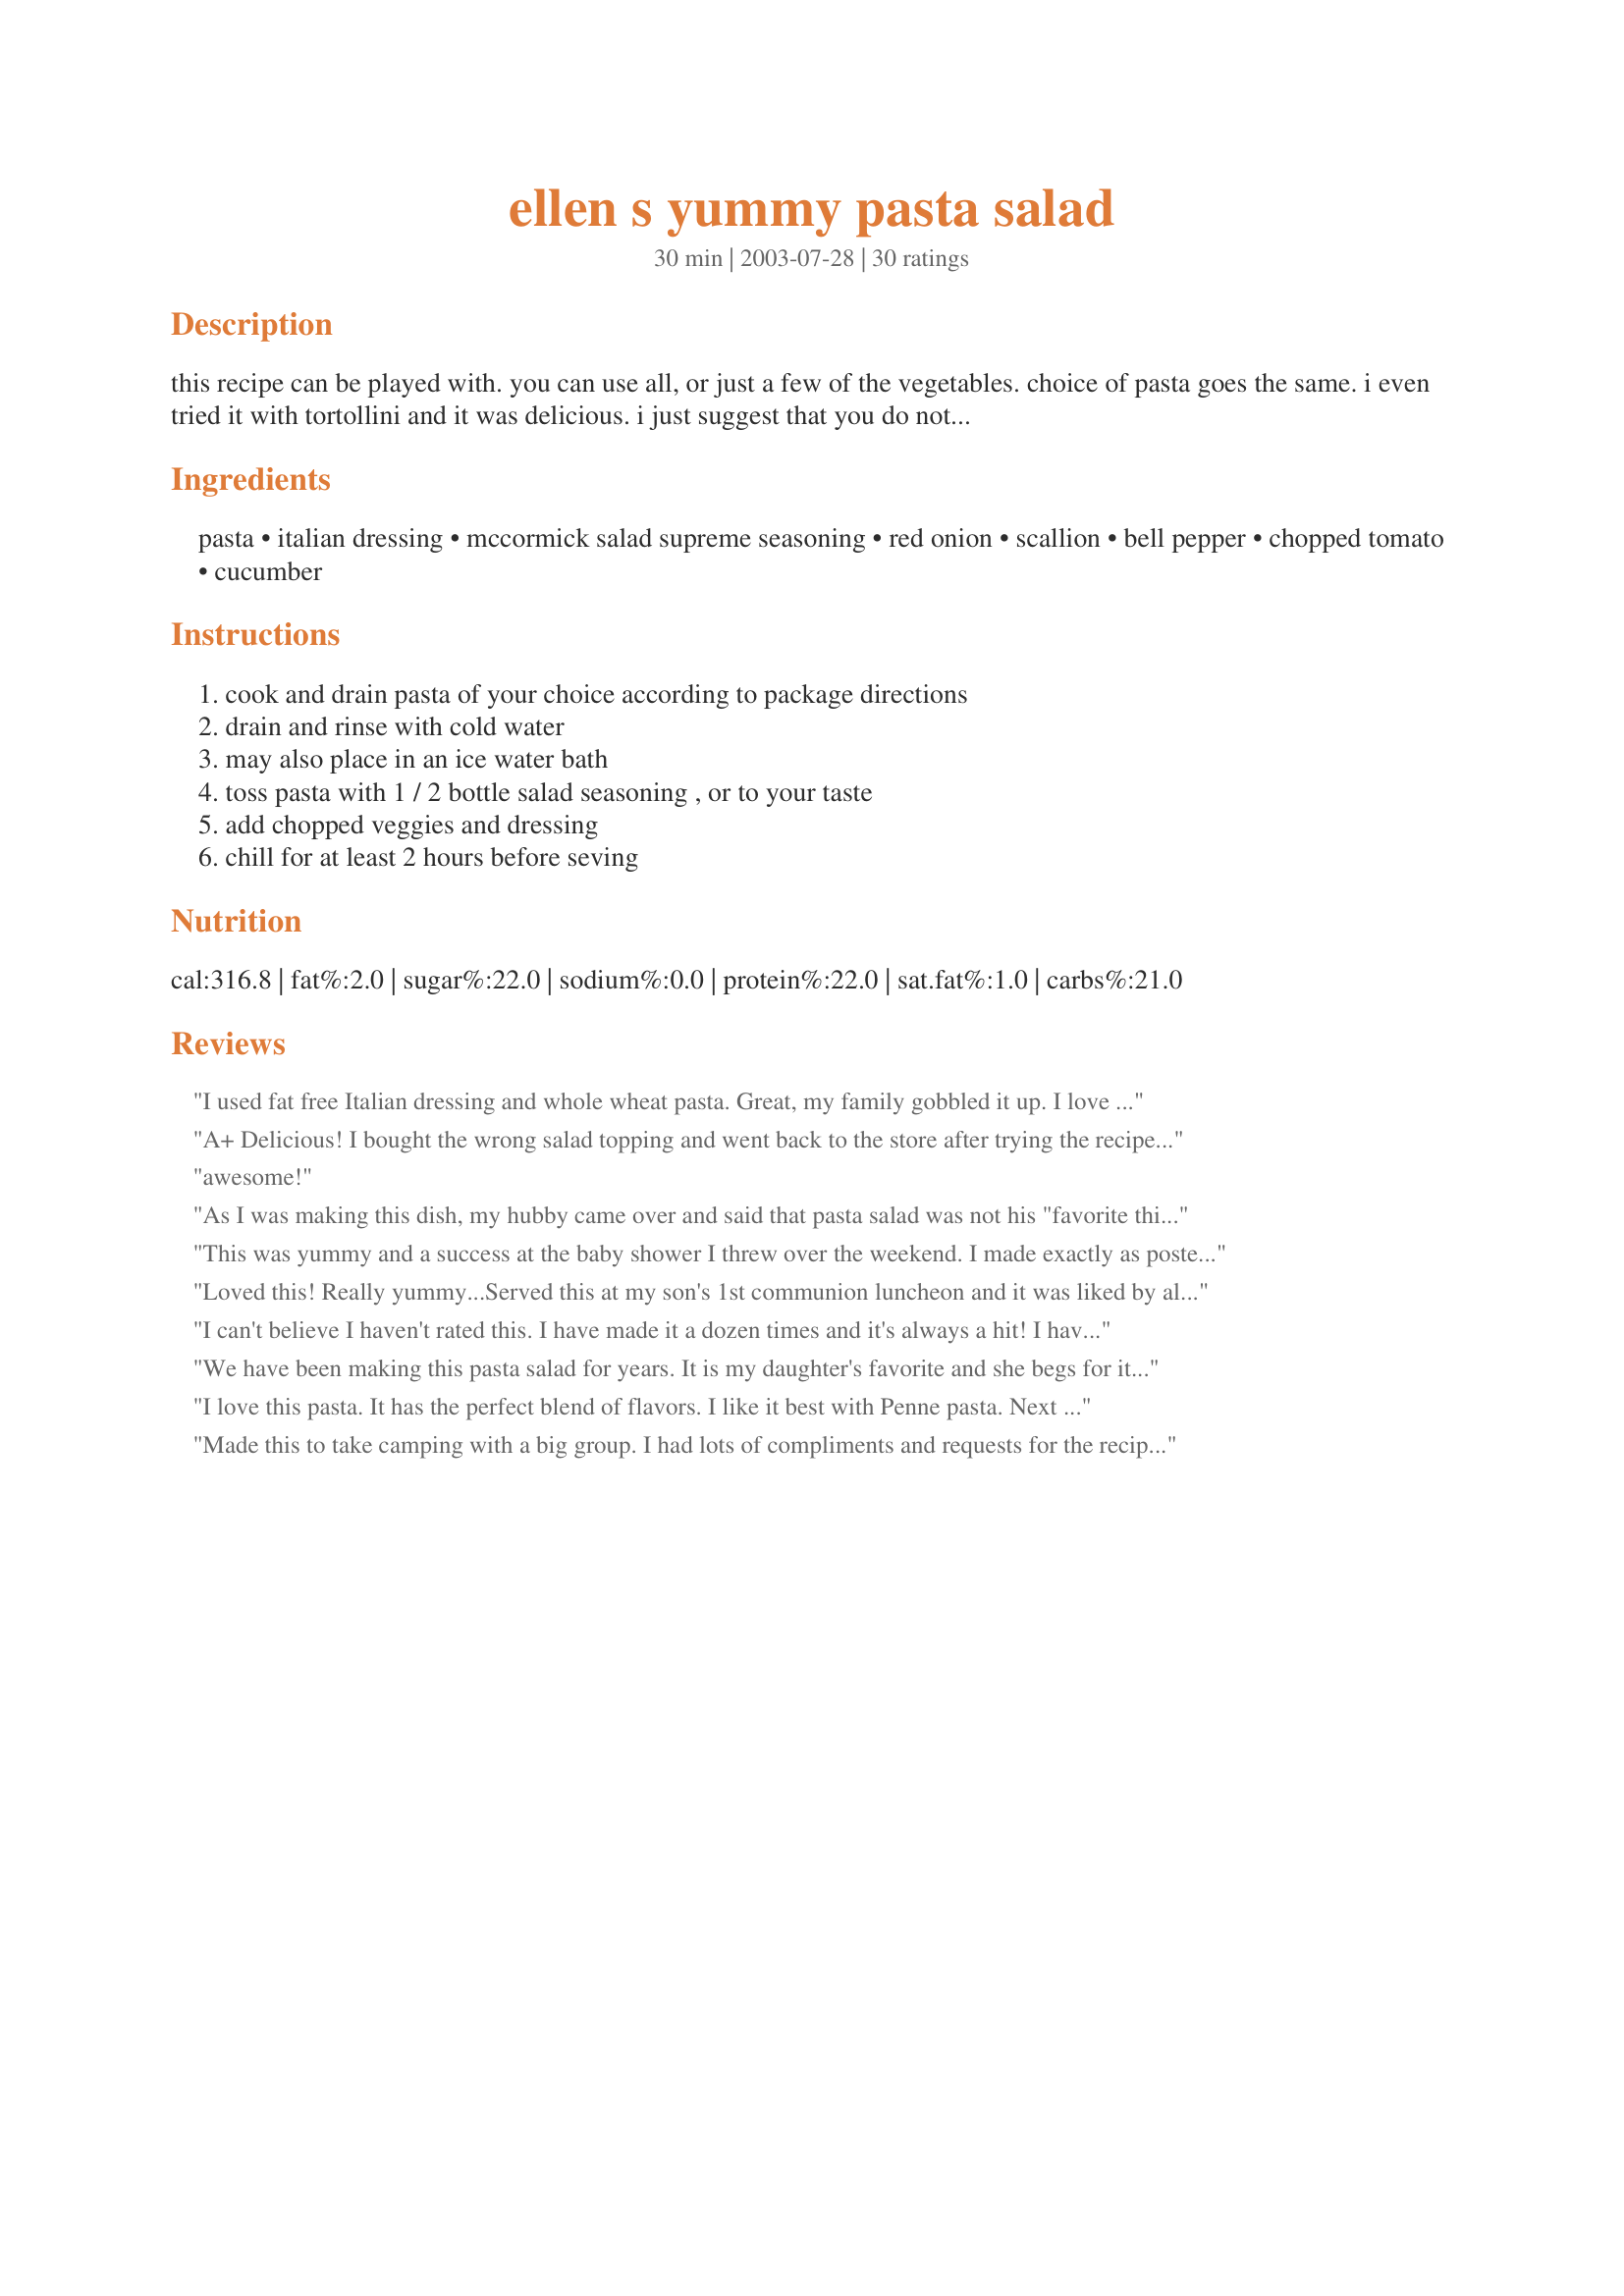
ellen s yummy pasta salad
Preparation time: 30 minutes

this recipe can be played with. you can use all, or just a few of the vegetables. choice of pasta goes the same. i even tried it with tortollini and it was delicious. i just suggest that you do not substitute on the dressing and salad seasoning. i have given out this recipe before and have to stress that since many did not use those. using an assortment of peppers is great for the color.

Ingredients:
pasta, italian dressing, mccormick salad supreme seasoning, red onion, scallion, bell pepper, chopped tomato, cucumber

Steps:
cook and drain pasta of your choice according to package directions, drain and rinse with cold water, may also place in an ice water bath, toss pasta with 1 / 2 bottle salad seasoning , or to your taste, add chopped veggies and dressing, chill for at least 2 hours before seving

Reviews:
I used fat free Italian dressing and whole wheat pasta. Great, my family gobbled it up. I love the fact that mine was low cal and nice and cool for a hot summer's day!
A+ Delicious! I bought the wrong salad topping and went back to the store after trying the recipe without - so glad I did. The McCormick Salad Supreme is in the spices isle - not the salad dressing isle. I skipped the red onion and added 1 cup of frozen sweet corn (awesome!). My husband was a bit weirded out by the "gritty" texture before the spices melded with the liquids, but as I write he is finishing the Entire bowl! Thank you so much, I will definitely make again!
awesome!
As I was making this dish, my hubby came over and said that pasta salad was not his "favorite thing". Wrong!! He absolutely loved this, as did I. What wonderful flavors going on in this. You are right about not skimping on the dressing and seasoning -- we kept adding more and more of the salad seasoning and it really makes a difference. Thanks for this wonderful recipe for a hot summer afternoon!!!
This was yummy and a success at the baby shower I threw over the weekend. I made exactly as posted except I could not find the Salad Supreme seasoning anywhere!! Still great! Thanks for posting.
Loved this! Really yummy...Served this at my son's 1st communion luncheon and it was liked by all. Thanks!!
I can't believe I haven't rated this. I have made it a dozen times and it's always a hit! I have never been able to find the Salad seasoning but just use the dressing and it delicious! I also add a ton of poppy seeds for crunch and texture. Thanks for my go-to pasta salad recipe!
We have been making this pasta salad for years. It is my daughter's favorite and she begs for it weekly. Especially in the summer! If we have leftover grilled chicken we cut it up and add it to the salad. Sooo good!
I love this pasta. It has the perfect blend of flavors. I like it best with Penne pasta. Next time instead of buying the seasoning that goes in it I will use the salad supreme seasoning recipe (#24917) in it! Thanks for sharing this great pasta salad dish!
Made this to take camping with a big group. I had lots of compliments and requests for the recipe. Thanks for sharing!
My family really enjoyed this. I followed the recipe other then I didn't add the onions. I also used cherry tomatoes so those that don't like tomatoes could pick them out. Will make this again.
This is fabulous! I didn't have enough spiral pasta so I used a mix of spiral, bowties and cheese tortellini. I used just a little of the red onion, I think a whole onion would have been wayyyyy too much. Oh I also added about a teaspoon of capers. It's so good and it hasn't even been refrigerated yet! I'm sure it will be even better after it refrigerates for a couple hours. This will definitely be my go-to pasta salad from now on. The secret is definitely the McCormick's salad seasoning. Don't skimp on that stuff!
Loved it, although my DH prefers mayo based salads. I subsituted broccoli for the bell pepper, used the entire bottle of dressing and added some garlic salt. Great!
I was humoring you when I bought the robusto... yeah, you were right.
Pretty Good...
Perfect just the way it is! Enjoyed this immensely - and I did not sub any ingredients as suggested. I love the McCormick Salad Supreme so had it right on hand. This went very fast - and loved it! I let mine sit for about 4 hours - and it was wonderful to enjoy with our pork chops! Thanks for posting!
I'm always try new pasta salad recipes and am happy I made this one. You are right about the dressing and seasoning..they make this salad! Wi definately have it again.
This is the best pasta salad my family has ever had.
So good!
This is a great recipe, I've made it a few times now and everyone loves it. I always leave my vegetables cut fairly big in case people want to pick around certain things. I also didn't use half the bottle of seasoning, but it was still enough. Thanks so much for posting this the seasoning and salad dressing are great together!
Love this recipe--I vary the veggies depending on what I have or what looks good at the store. I use 3-4 TBSP of the McCormick's seasoning. I also like to add about 1/4 cup grated Parmesan cheese, but it's good without as well. Thanks for sharing!
Yum! I've had variations of this at potlucks and family gatherings but have never made this. Why did I wait so long? I used spirals and reduced the amount of onion. Dd and I couldn't stop eating this. 
I hope there will be enough to take to work for my lunch tomorrow.;)
Thanks!

I've been making this salad for years.. Everyone loves it! I demanded the recipe from an inlaw after she brought it to a picnic. I agree that the dressing and seasoning cannot be subsituted, but my salad dressing of choice is Wishbone Viva Italian. I dont use onions in this. Also, I add cauliflower, broccoli, black olives and I use cherry tomatoes due to so many not liking tomatoes. Sometimes I add a handfull of feta cheese just before serving and adding a cheese filled tortinelli pasta to the ragitoni makes it extra special. MY favorite salad of all time!
I've been making this for years. It's always a hit. I omit the cukes and add broccoli, cauliflower, a small can of sliced black olives and the occasional cubed sharp cheddar and cubed hard salami...I also use Zesty Italian... but the key is definitely the Salad Supreme Seasoning - at least 2 Tbls. and a squeeze of lemon for that fresh taste..Yum...
This pasta salad is so yummy and just taste so great.I agree that the salad supreme seasoning and robusto Italian dressing make this salad so wonderful. Thanks chilepepper1231....
Very good... i think it's the McCormick Seasoning that does it.
I made this for a Mothers' Day luncheon and it was the hit of the party. This is a great and versatile recipe. The basic flavor is incredible and any combination of vegetables (and some meats) would be delicious. I doubled the recipe using 2 lbs rotini, halved grape tomatoes, cucumber, green onion and green & yellow bell peppers. It made a boatload!! One 16oz bottle of Wishbone Robusto, which was the only size at our store, was the perfect amount of dressing for the doubled amount, so there must be a smaller bottle out there for the regular one. The suggested dressing is perfect; I am glad I didn't go with the on-sale brand of dressing I considered.
We love this salad. Made is just as noted. My husband wants to try it with ham pieces next time :)
Thanks for posting!
This pasta salad is so good! The only difference I made was using halved strawberry tomatoes because it's all I had. They worked out well. It's so yummy I'm making a bowl tonight for myself.
We've made this recipe for years. Got it from my friends mom. It's great...try this you won't be disappointed! 
Note: Instead of onions and scallions we put in black olives and chunks of cheese. :)
